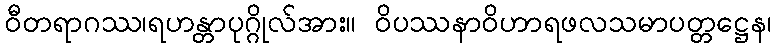
ဝီတရာဂဿ၊ရဟန္တာပုဂ္ဂိုလ်အား။ ဝိပဿနာဝိဟာရဖလသမာပတ္တဋ္ဌေန၊